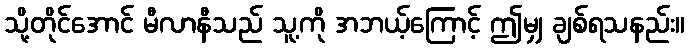
သို့တိုင်အောင် မီလာနီသည် သူ့ကို အဘယ့်ကြောင့် ဤမျှ ချစ်ရသနည်း။